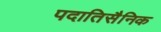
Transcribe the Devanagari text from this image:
पदातिसैनिक